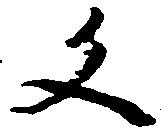
文